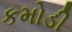
કમોડી